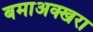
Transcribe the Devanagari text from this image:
बमाअक्खरा